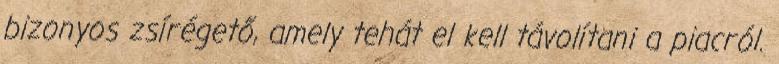
bizonyos zsírégető, amely tehát el kell távolítani a piacról.